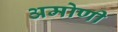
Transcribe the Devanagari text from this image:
अमोणी